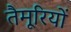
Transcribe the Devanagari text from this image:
तैमूरियों